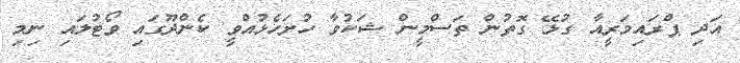
އަދި ޕްރައިމަރީއާ ގުޅޭ ގޮތުން ތަސްމީން ޝަކުވާ ހުށަހެޅުއްވީ ކެންދޫގައި ވޯޓުލައި ނިމި